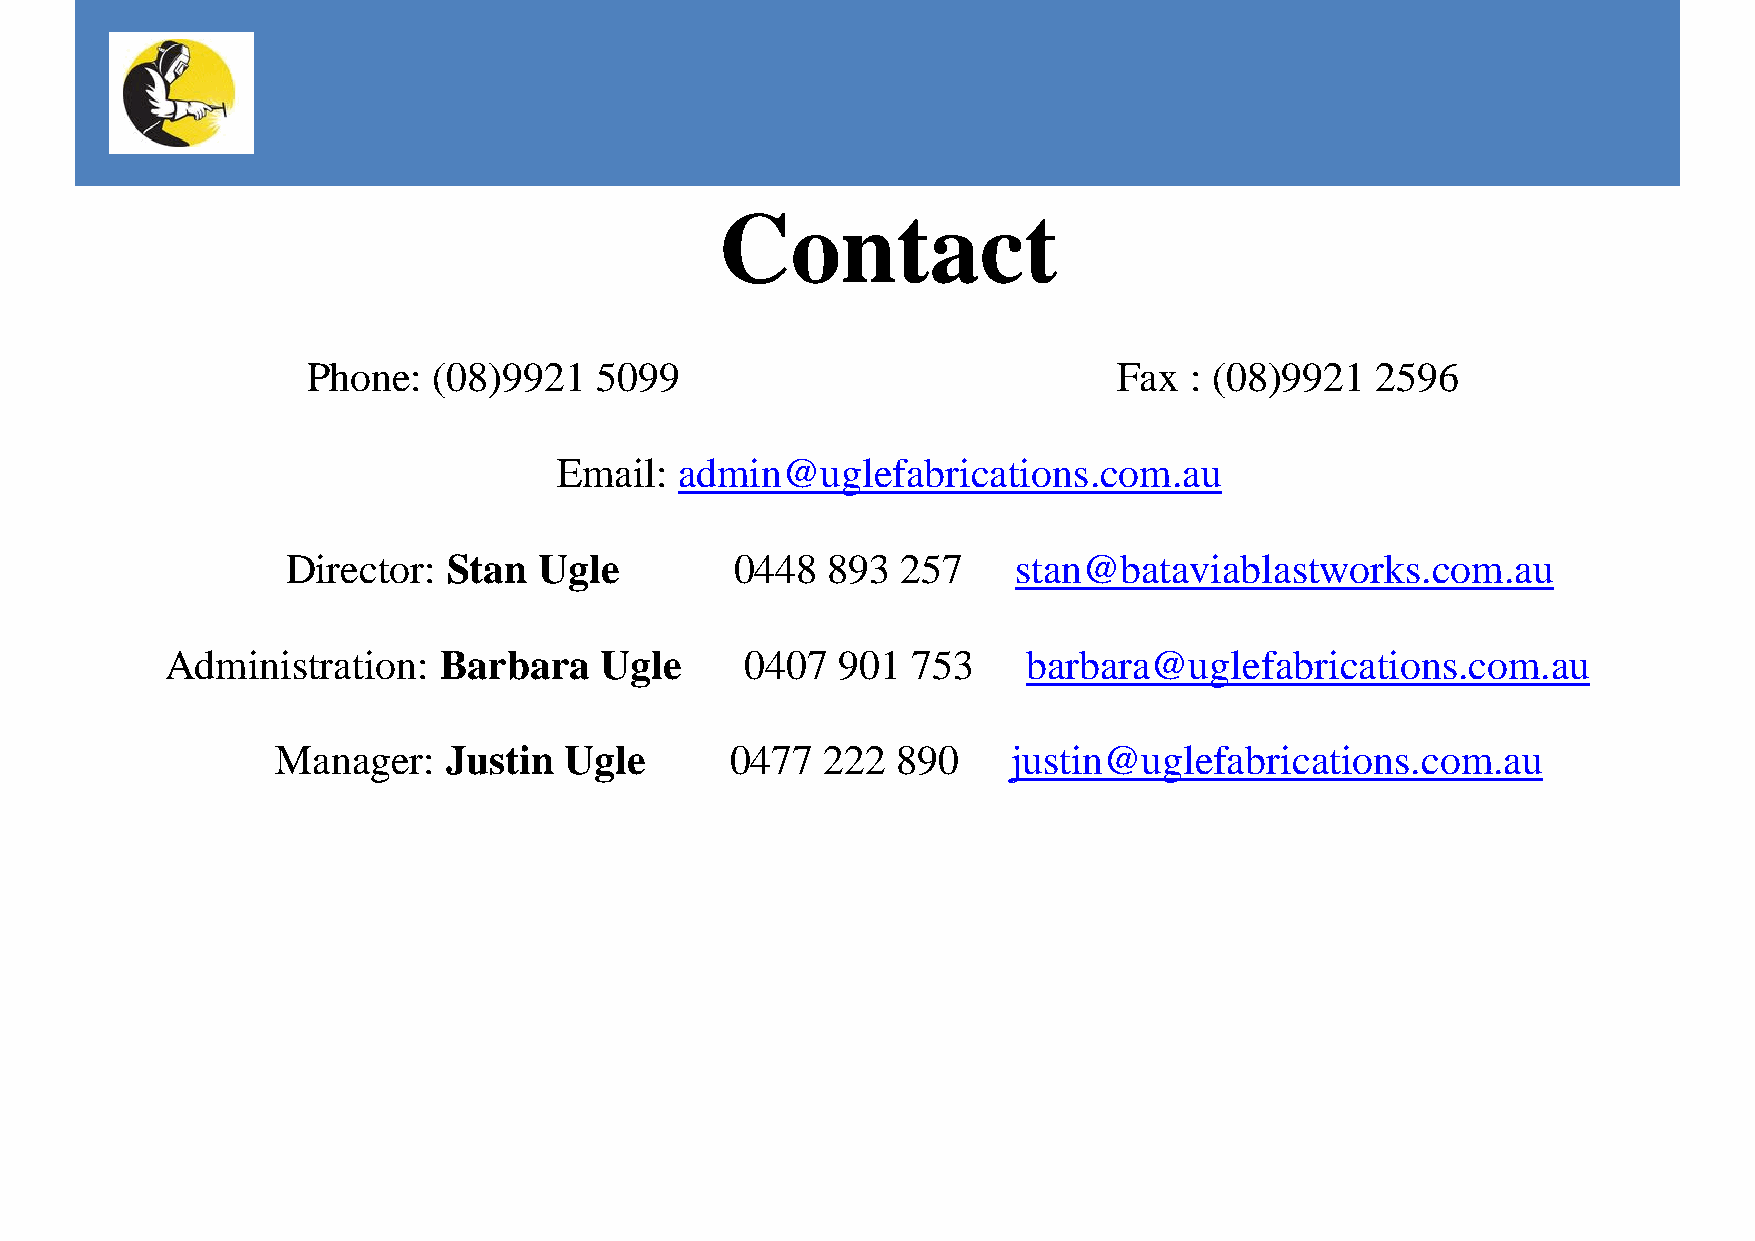
Contact
 Phone:   (08)9921  5099                               Fax  : (08)9921  2596
 Email:  admin@uglefabrications.com.au
 Director:  Stan  Ugle         0448  893  257    stan@bataviablastworks.com.au
 Administration:   Barbara    Ugle     0407  901  753     barbara@uglefabrications.com.au
 Manager:   Justin  Ugle       0477  222  890     justin@uglefabrications.com.au